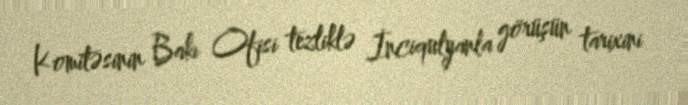
Komitəsinin Bakı Ofisi tezliklə İnciqulyanla görüşün tarixini